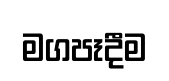
මගපෑදීම